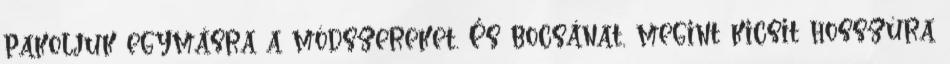
pakoljuk egymásra a módszereket. És bocsánat, megint kicsit hosszúra